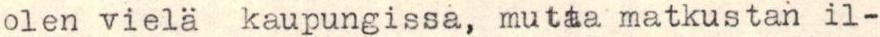
olen vielä kaupungissa, mutta matkustan il-